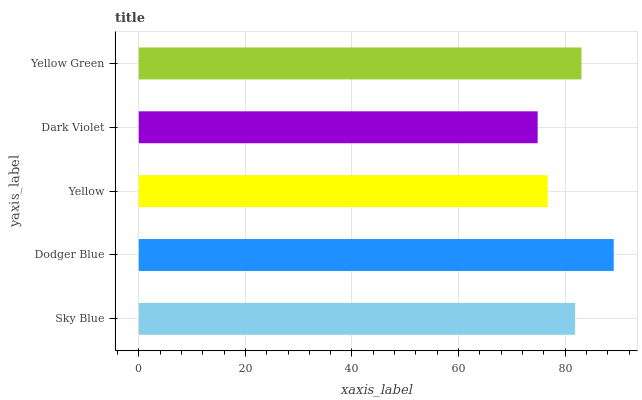
| yaxis_label | bars |
 | --- | --- |
 | Sky Blue | 81.9 |
 | Dodger Blue | 89.1 |
 | Yellow | 76.7 |
 | Dark Violet | 74.8 |
 | Yellow Green | 83.1 |